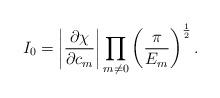
LaTeX: \begin{align*}I_0 = \left|\frac{\partial\chi}{\partial c_m}\right|\prod_{m\neq 0}\left(\frac{\pi}{E_m}\right)^{\frac12}.\end{align*}